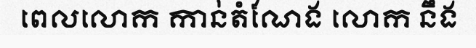
ពេលលោក កាន់តំណែង លោក នឹង